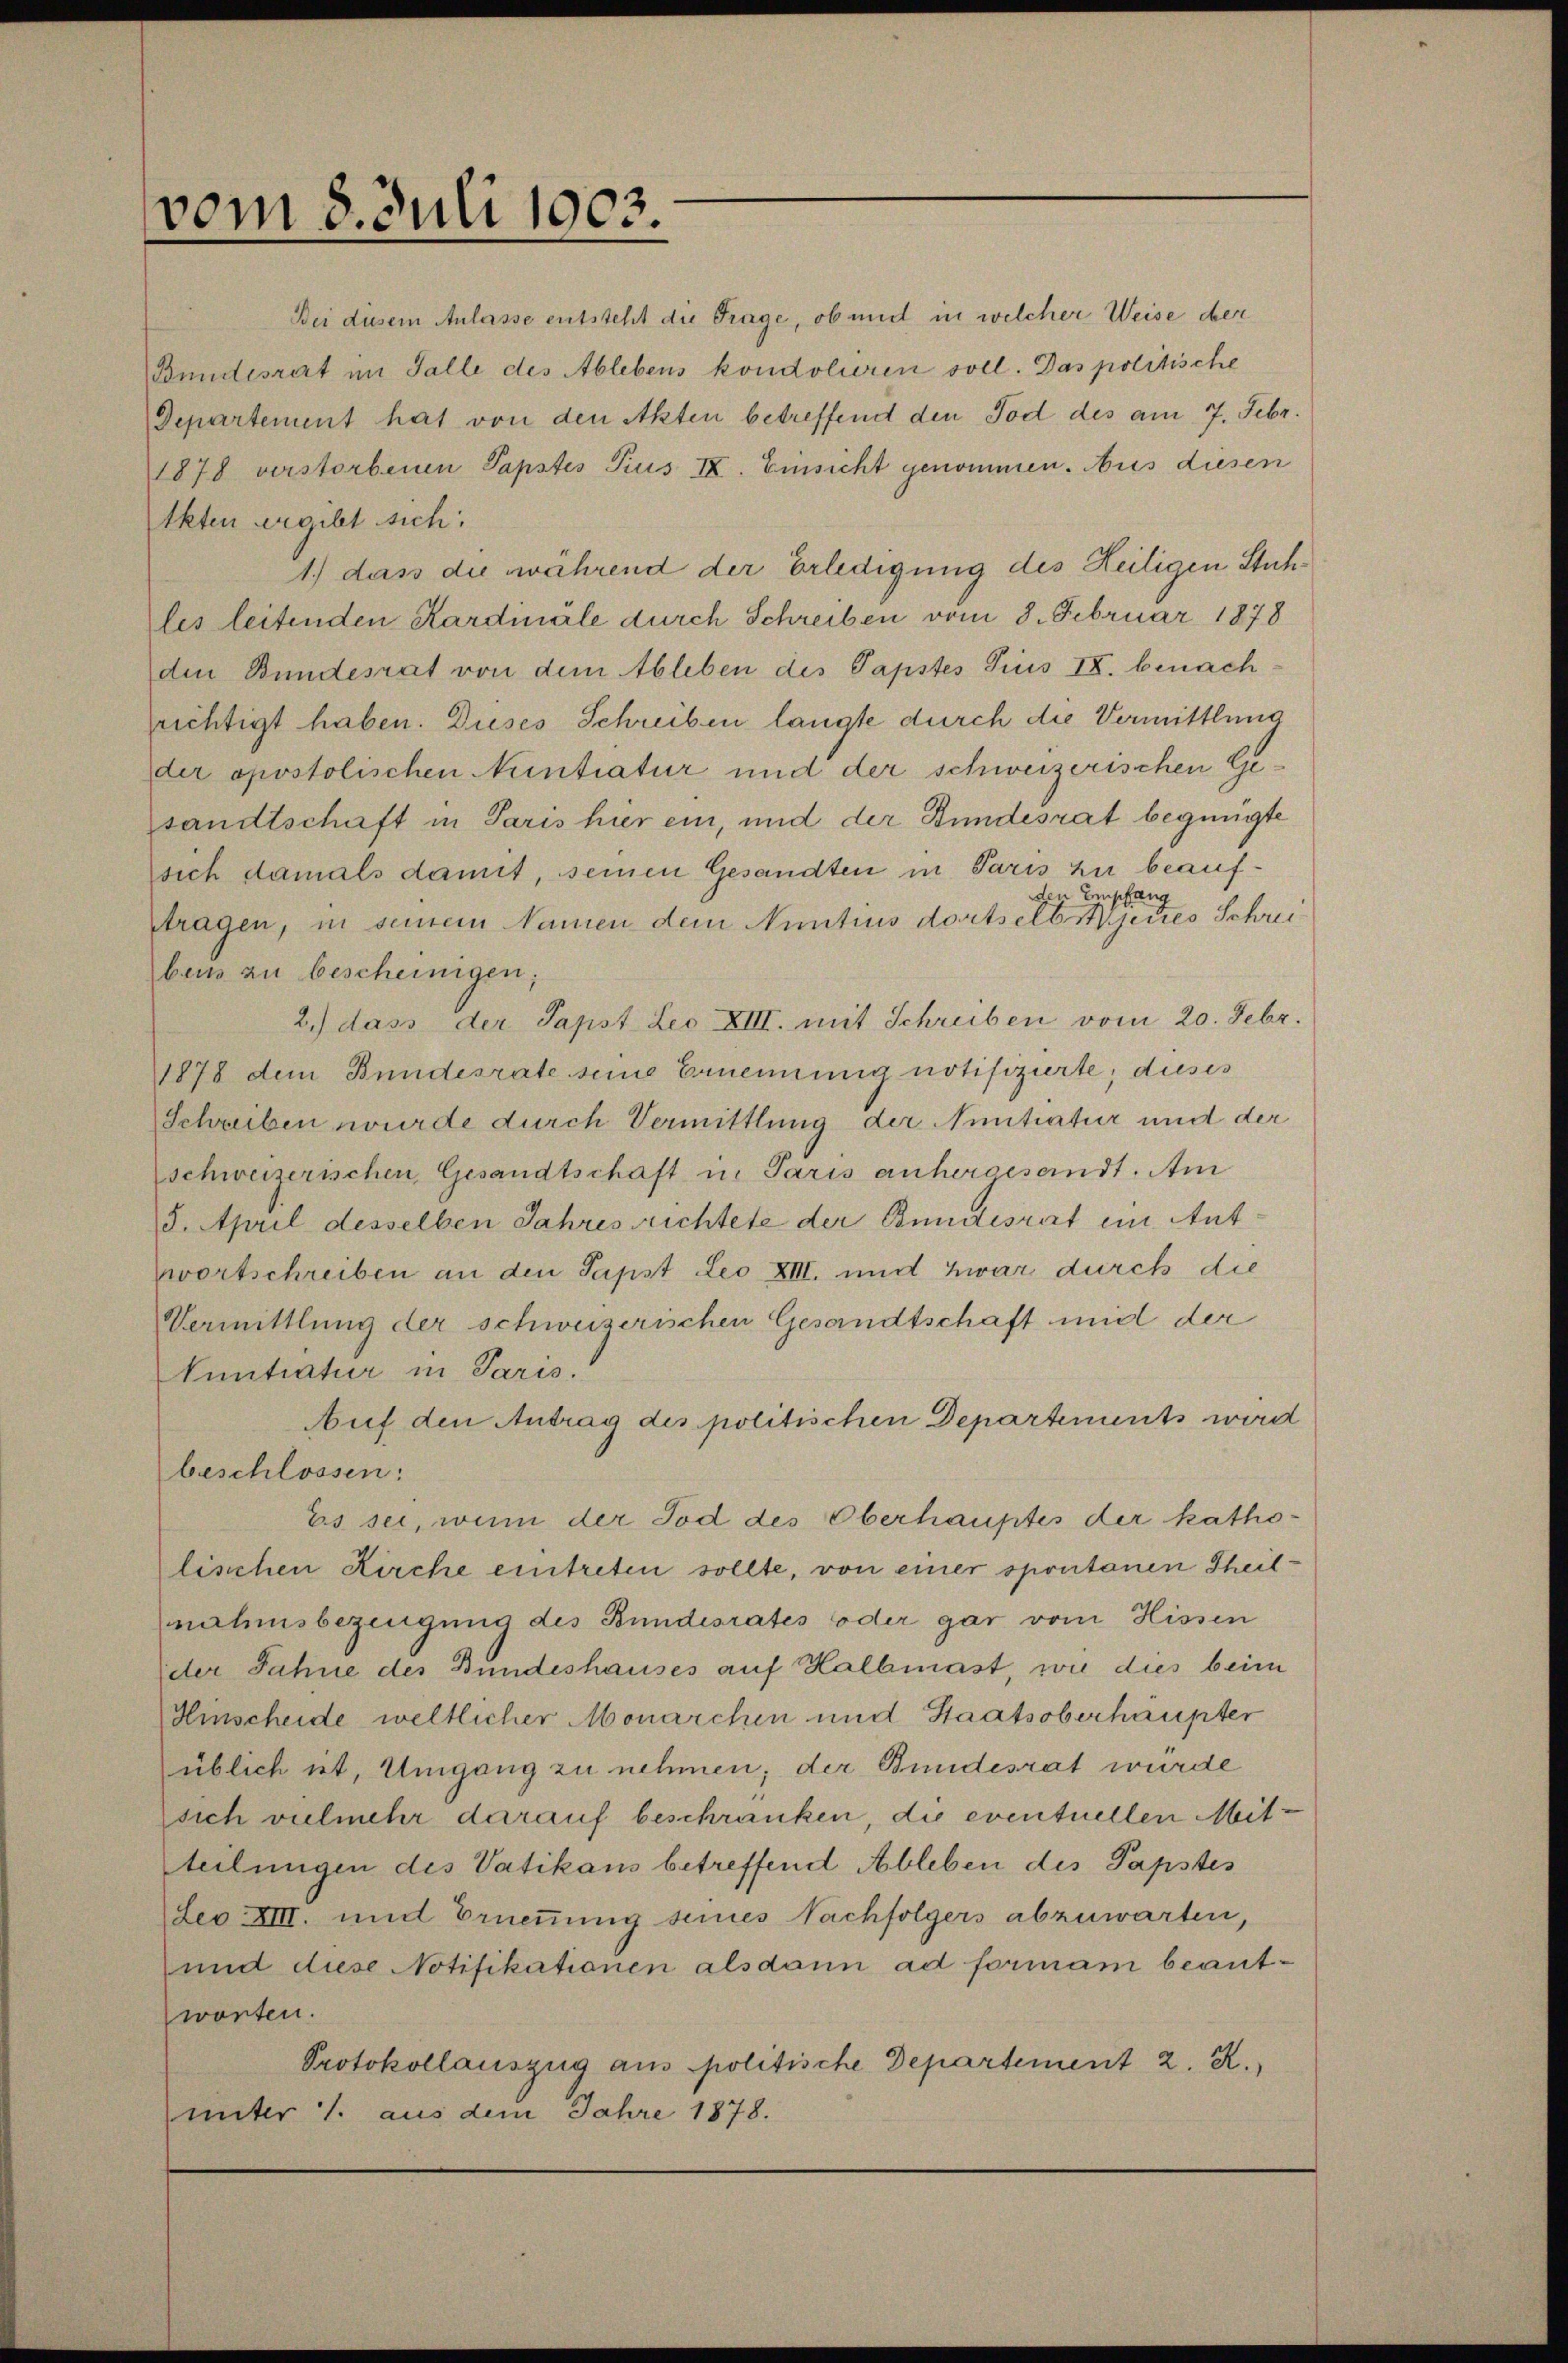
vom 8. Juli 1903.

Bei diesem Anlasse entsteht die Frage, ob und in welcher Weise der
Bundesrat im Falle des Ablebens kondolieren soll. Das politische
Departement hat von den Akten betreffend den Tod des am 7. Febr.
1878 verstorbenen Papstes Pius II. Einsicht genommen. Aus diesen
kten ergibt sich:
1.) dass die während der Erledigung des Heiligen Stuhles leitenden Kardinäle durch Schreiben vom 8. Februar 1878
den Bundesrat von dem Ableben des Papstes Sins IV. benach
richtigt haben. Dieses Schreiben langte durch die Vermittlung
der apostolischen Muntiatur und der schweizerischen Gesandtschaft in Paris hier ein, und der Bundesrat begnügte
sich damals damit, seinen Gesandten in Paris zu beaufn Empfang
tragen, in seinem Namen dem Muntius dortselb jetzes Schrei
beins zu bescheinigen;
2.) dass der Papst Leo XIII. mit Schreiben vom 20. Febr.
1878 dem Bundesrate seine Ernennung notifizierte, dieses
Schreiben wurde durch Vermittlung der Antratur und der
schweizerischen Gesandtschaft in Paris anhergesandt. Am
5. April desselben Jahres richtete der Bundesrat in Antwortschreiben an den Papst Leo XIII. und zwar durch die
Vermittlung der schweizerischen Gesandtschaft mit der
Inntratur in Paris.
Auf den Antrag des politischen Departements wird
beschlossen:
Es sei, wem der Tod des Oberhauptes der katholischen Kirche eintreten sollte, von einer spontanen Theilnahmsbezeugung des Bundesrates oder gar vom Hissen
der Jahre des Bundeshauses auf Halbmast, wie dies beim
Hinscheide weltlicher Monarchen und Staatsoberhaupter
üblich et. Umgang zu nehmen; der Bundesrat würde
sich vielmehr darauf beschränken, die eventuellen Mitteilungen des Vatikans betreffend Ableben des Papstes
Ler XIII. und Ernennung seines Nachfolgers abzuwarten,
und diese Notifikationen alsdann ad formam beantworten.
Protokollauszug aus politische Departement 2. R.
unter 1. aus dem Jahre 1878.